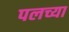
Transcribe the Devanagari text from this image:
पलच्या